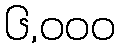
၆,၀၀၀